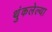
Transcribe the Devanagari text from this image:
थुंकलेल्या